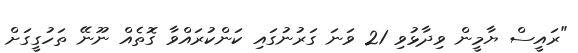
"ރައީސް ޔާމީން ވިދާޅުވި 21 ވަނަ ގަރުނުގައި ކަންކުރައްވާ ގޮތެއް ނޫނޭ ތަހުގީގަށް